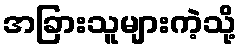
အခြားသူများကဲ့သို့